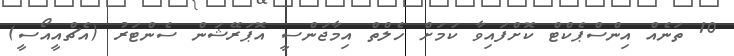
10 ތަނެއް އިންސްޕެކްޓް ކޮށްފައިވާ ކަމަށް ހެލްތް އިމާޖަންސީ އޮޕަރޭޝަން ސެންޓަރު (އެޗްއީއޯސީ)